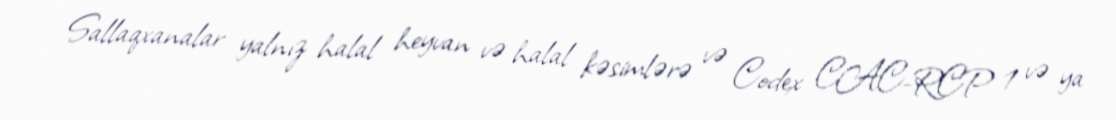
Sallaqxanalar yalnız halal heyvan və halal kəsimlərə və Codex CAC-RCP 1 və ya